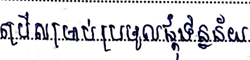
ប្រើសម្រាប់ប្រមូលផ្តុំទិន្នន័យ